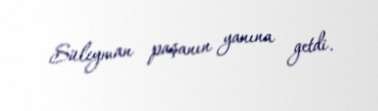
Süleyman paşanın yanına getdi.